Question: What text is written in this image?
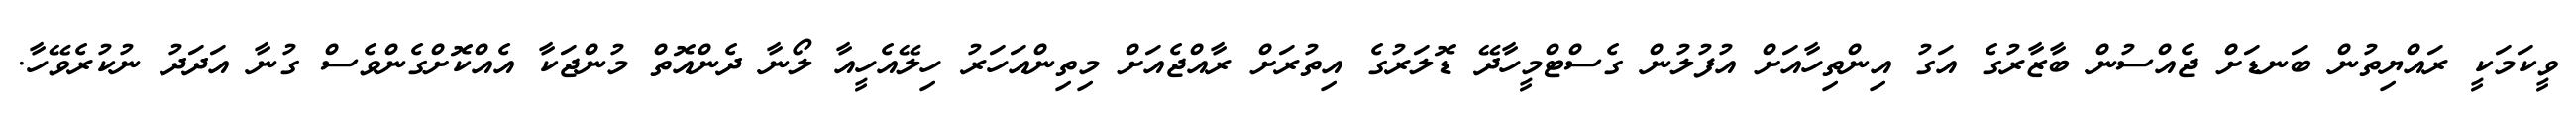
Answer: ވީކަމަކީ ރައްޔިތުން ބަނޑަށް ޖެއްސުން ބާޒާރުގެ އަގު އިންތިހާއަށް އުފުލުން ގެސްޓްމީހާދޭ ޑޮލަރުގެ އިތުރަށް ރާއްޖެއަށް މިތިންއަހަރު ހިލޭއެހީއާ ލޯނާ ދެންއޮތް މުންޖަކާ އެއްކޮށްގެންވެސް ގުނާ އަދަދު ނުކުރެވޭހާ.